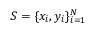
{ \cal { S } } = \{ x _ { i } , y _ { i } \} _ { i = 1 } ^ { N }